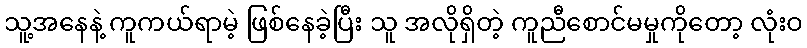
သူ့အနေနဲ့ ကူကယ်ရာမဲ့ ဖြစ်နေခဲ့ပြီး သူ အလိုရှိတဲ့ ကူညီစောင်မမှုကိုတော့ လုံးဝ